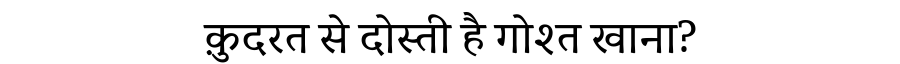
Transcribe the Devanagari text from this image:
क़ुदरत से दोस्ती है गोश्त खाना?